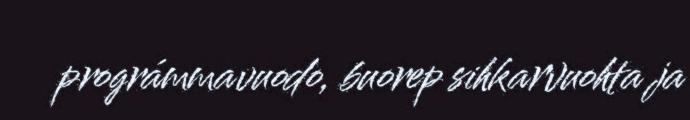
prográmmavuodo, buorep sihkarvuohta ja